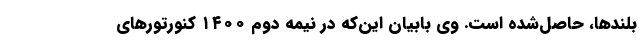
بلندها، حاصل‌شده است. وی بابیان این‌که در نیمه دوم ۱۴۰۰ کنورتورهای